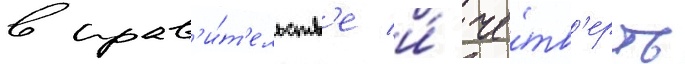
в прав'и́т'ельств'е и́ че́тв'ерть